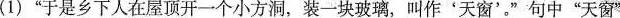
(1)”于是乡下人在屋顶开一个小方洞，装一块玻璃，叫作'天窗'。”句中”天窗”